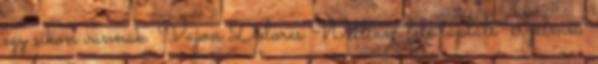
egy síkon vannak. Vajon Dolores William felé táplált “érzelmei”